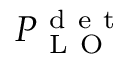
P _ { \mathrm { ~ L ~ O ~ } } ^ { \mathrm { ~ d ~ e ~ t ~ } }